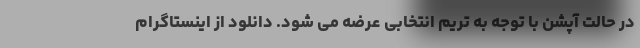
در حالت آپشن با توجه به تریم انتخابی عرضه می شود. دانلود از اینستاگرام